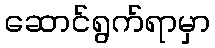
ဆောင်ရွက်ရာမှာ